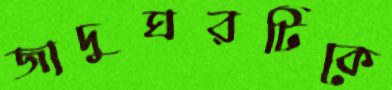
জাদুঘরটিকে